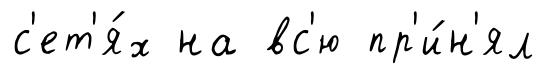
с'ет'я́х на вс'ю пр'и́н'ял